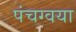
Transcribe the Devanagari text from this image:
पंचग्वया